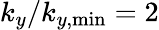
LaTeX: k_{y}/k_{y,\mathrm{min}}=2